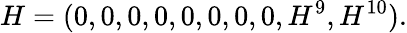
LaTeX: H=(0,0,0,0,0,0,0,0,H^{9},H^{10}).